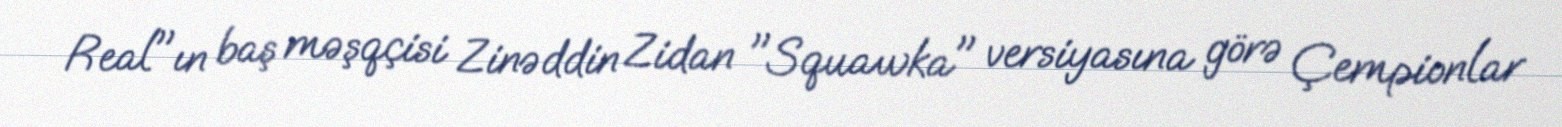
Real"ın baş məşqçisi Zinəddin Zidan "Squawka" versiyasına görə Çempionlar